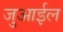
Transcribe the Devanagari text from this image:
जुआईल